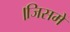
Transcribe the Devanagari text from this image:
।जिसमें